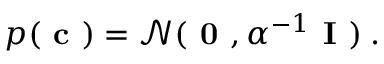
p ( \textbf { c } ) = \mathcal { N } ( \textbf { 0 } , \alpha ^ { - 1 } \textbf { I } ) \: .